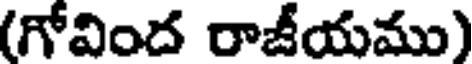
(గోవింద రాజీయము)